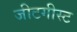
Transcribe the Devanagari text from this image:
जीटगीस्ट